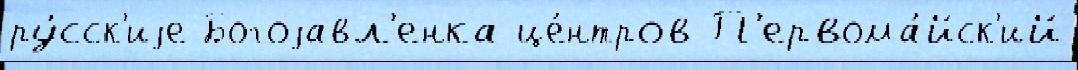
ру́сск'иjе Богоjавл'енка це́нтров П'ервома́йск'ий